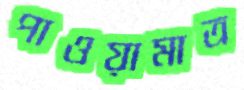
পাওয়ামাত্র